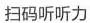
扫码听听力